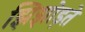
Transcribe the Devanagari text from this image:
झिझोड़ते